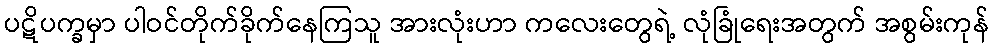
ပဋိပက္ခမှာ ပါဝင်တိုက်ခိုက်နေကြသူ အားလုံးဟာ ကလေးတွေရဲ့ လုံခြုံရေးအတွက် အစွမ်းကုန်